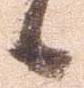
候